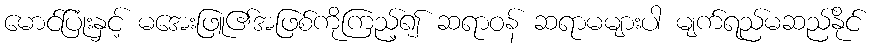
မောင်ပြုံးနှင့် မအေးဖြူ၏အဖြစ်ကိုကြည့်၍ ဆရာဝန် ဆရာမများပါ မျက်ရည်မဆည်နိုင်